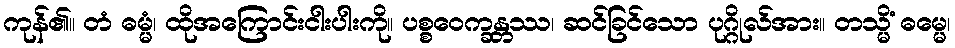
ကုန်၏။ တံ ဓမ္မံ၊ ထိုအကြောင်းငါးပါးကို။ ပစ္စဝေက္ခန္တဿ၊ ဆင်ခြင်သော ပုဂ္ဂိုလ်အား။ တသ္မိံ ဓမ္မေ၊